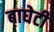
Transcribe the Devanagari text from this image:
बाघेटी